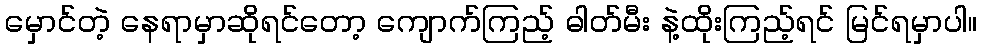
မှောင်တဲ့ နေရာမှာဆိုရင်တော့ ကျောက်ကြည့် ဓါတ်မီး နဲ့ထိုးကြည့်ရင် မြင်ရမှာပါ။